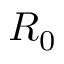
R _ { 0 }